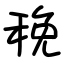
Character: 䅋